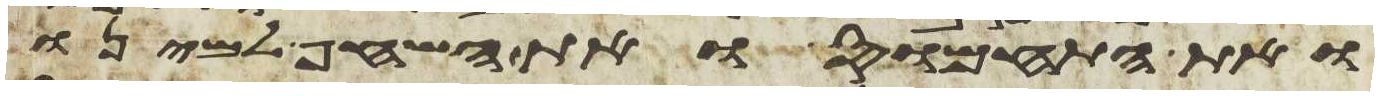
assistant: ואת התחמוס ואת השחף למינו